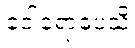
ဝေါရောပေသိ